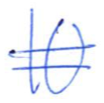
Text: 10
Cross-out: double-line
Writing tool: ballpoint